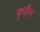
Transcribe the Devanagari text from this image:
कृत्रीम